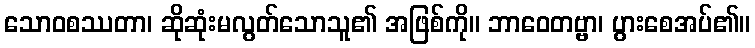
သောဝစဿတာ၊ ဆိုဆုံးမလွတ်သောသူ၏ အဖြစ်ကို။ ဘာဝေတဗ္ဗာ၊ ပွားစေအပ်၏။